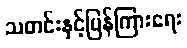
သတင်းနှင့်ပြန်ကြားရေး